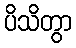
ပိသိတွာ